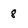
Character: 8